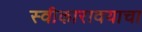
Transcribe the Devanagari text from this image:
स्वीकारावयाचा